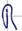
Text: R